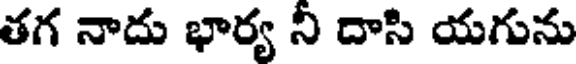
తగ నాదు భార్య నీ దాసి యగును